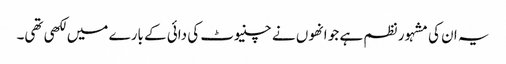
یہ ان کی مشہور نظم ہے جو انھوں نے چنیوٹ کی دائی کے بارے میں لکھی تھی۔